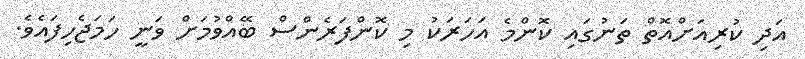
އަދި ކުރިއަށްއޮތް ތަނުގައި ކޮންމެ އަހަރަކު މި ކޮންފަރެންސް ބޭއްވުމަށް ވަނީ ހަމަޖެހިފައެވެ.